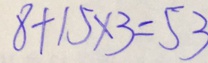
8 + 1 5 \times 3 = 5 3